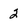
Character: 2